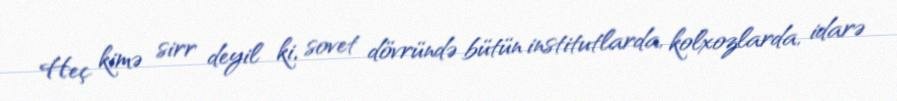
Heç kimə sirr deyil ki, sovet dövründə bütün institutlarda, kolxozlarda, idarə